Report of veterinary surgeon J.H. Steel, A.V.D., on his investigation into an obscure and fatal disease among transport mules in British Burma
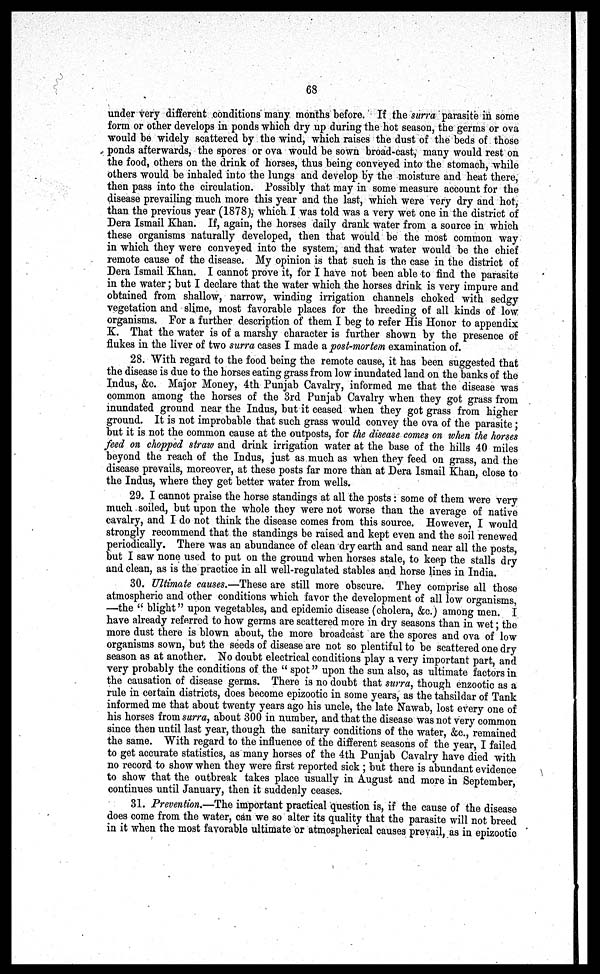
68
under very different conditions many months before. If the surra parasite in some
form or other develops in ponds which dry up during the hot season, the germs or ova
would be widely scattered by the wind, which raises the dust of the beds of those
ponds afterwards, the spores or ova would be sown broad-cast, many would rest on
the food, others on the drink of horses, thus being conveyed into the stomach, while
others would be inhaled into the lungs and develop by the moisture and heat there,
then pass into the circulation. Possibly that may in some measure account for the
disease prevailing much more this year and the last, which were very dry and hot,
than the previous year (1878), which I was told was a very wet one in the district of
Dera Ismail Khan. If, again, the horses daily drank water from a source in which
these organisms naturally developed, then that would be the most common way
in which they were conveyed into the system, and that water would be the chief
remote cause of the disease. My opinion is that such is the case in the district of
Dera Ismail Khan. I cannot prove it, for I have not been able to find the parasite
in the water; but I declare that the water which the horses drink is very impure and
obtained from shallow, narrow, winding irrigation channels choked with sedgy
vegetation and slime, most favorable places for the breeding of all kinds of low
organisms. For a further description of them I beg to refer His Honor to appendix
K. That the water is of a marshy character is further shown by the presence of
flukes in the liver of two surra cases I made a post-mortem examination of.
28. With regard to the food being the remote cause, it has been suggested that
the disease is due to the horses eating grass from low inundated land on the banks of the
Indus, &c. Major Money, 4th Punjab Cavalry, informed me that the disease was
common among the horses of the 3rd Punjab Cavalry when they got grass from
inundated ground near the Indus, but it ceased when they got grass from higher
ground. It is not improbable that such grass would convey the ova of the parasite ;
but it is not the common cause at the outposts, for the disease comes on when the horses
feed on chopped straw and drink irrigation water at the base of the hills 40 miles
beyond the reach of the Indus, just as much as when they feed on grass, and the
disease prevails, moreover, at these posts far more than at Dera Ismail Khan, close to
the Indus, where they get better water from wells.
29. I cannot praise the horse standings at all the posts: some of them were very
much soiled, but upon the whole they were not worse than the average of native
cavalry, and I do not think the disease comes from this source. However, I would
strongly recommend that the standings be raised and kept even and the soil renewed
periodically. There was an abundance of clean dry earth and sand near all the posts,
but I saw none used to put on the ground when horses stale, to keep the stalls dry
and clean, as is the practice in all well-regulated stables and horse lines in India.
30. Ultimate causes.—These are still more obscure. They comprise all those
atmospheric and other conditions which favor the development of all low organisms,
—the " blight" upon vegetables, and epidemic disease (cholera, &c. among men. I
have already referred to how germs are scattered more in dry seasons than in wet; the
more dust there is blown about, the more broadcast are the spores and ova of low
organisms sown, but the seeds of disease are not so plentiful to be scattered one dry
season as at another. No doubt electrical conditions play a very important part, and
very probably the conditions of the u spot" upon the sun also, as ultimate factors in
the causation of disease germs. There is no doubt that surra, though enzootic as a
rule in certain districts, does become epizootic in some years, as the tahsildar of Tank
informed me that about twenty years ago his uncle, the late Nawab, lost every one of
his horses from surra, about 300 in number, and that the disease was not very common
since then until last year, though the sanitary conditions of the water, &c., remained
the same. With regard to the influence of the different seasons of the year, I failed
to get accurate statistics, as many horses of the 4th Punjab Cavalry have died with
no record to show when they were first reported sick ; but there is abundant evidence
to show that the outbreak takes place usually in August and more in September,
continues until January, then it suddenly ceases.
31. Prevention.—The important practical question is, if the cause of the disease
does come from the water, can we so alter its quality that the parasite will not breed
in it when the most favorable ultimate or atmospherical causes prevail, as in epizootic